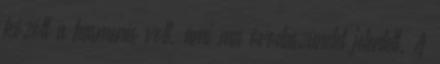
között a hasmenés volt, ami ma óvodaszünetet jelentett. A